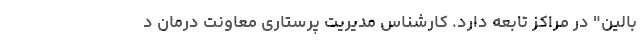
بالین" در مراکز تابعه دارد. کارشناس مدیریت پرستاری معاونت درمان د